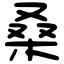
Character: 桑